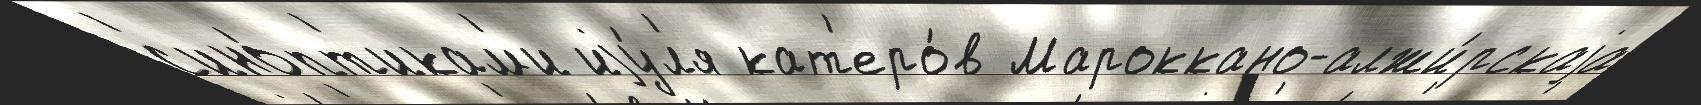
с'ино́пт'икам'и иjу́л'я кат'еро́в Мароккано-алжи́рскаjа